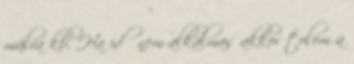
múlva kb. Ha idő nem alkalmas akkor tolom a